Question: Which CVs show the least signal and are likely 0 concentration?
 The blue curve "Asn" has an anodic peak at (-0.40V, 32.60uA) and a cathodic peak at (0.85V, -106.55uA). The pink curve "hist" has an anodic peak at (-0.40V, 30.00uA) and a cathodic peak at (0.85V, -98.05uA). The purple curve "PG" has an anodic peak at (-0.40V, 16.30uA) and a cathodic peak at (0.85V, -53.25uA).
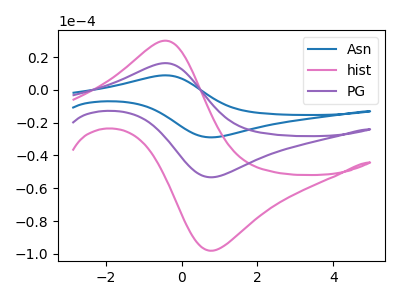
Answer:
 <answer>There are not any CV's on this graph that are likely to be blanks.</answer>
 <eval>none</eval>